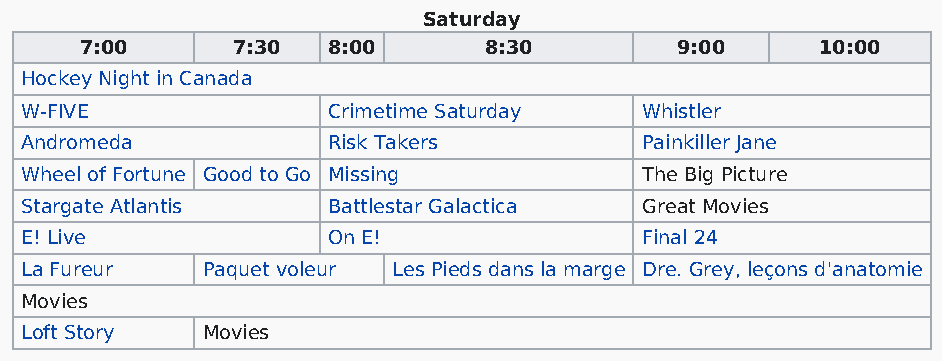
Saturday
 7:00      7:30   8:00      8:30         9:00     10:00
 Hockey Night in Canada
 W-FIVE               Crimetime Saturday  Whistler
 Andromeda            Risk Takers         Painkiller Jane
 Wheel of Fortune Good to Go Missing      The Big Picture
 Stargate Atlantis    Battlestar Galactica Great Movies
 E! Live              On E!               Final 24
 La Fureur   Paquet voleur Les Pieds dans la marge Dre. Grey, leçons d'anatomie
 Movies
 Loft Story  Movies